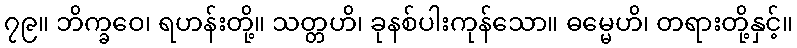
၇၉။ ဘိက္ခဝေ၊ ရဟန်းတို့။ သတ္တဟိ၊ ခုနစ်ပါးကုန်သော။ ဓမ္မေဟိ၊ တရားတို့နှင့်။